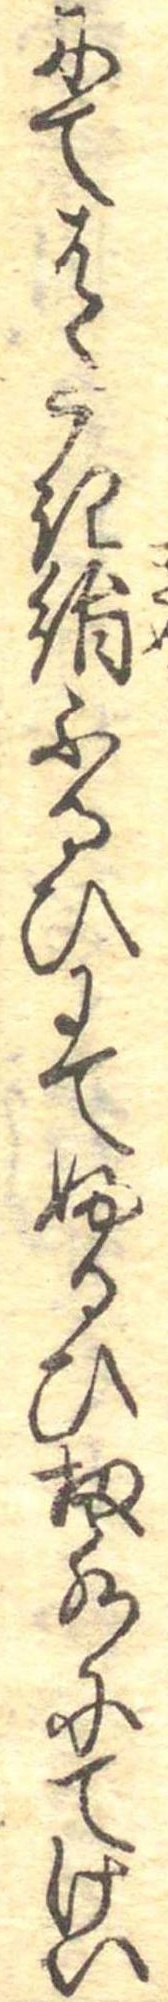
にてはたき絹ふるひにてふるひ扨水にてけい